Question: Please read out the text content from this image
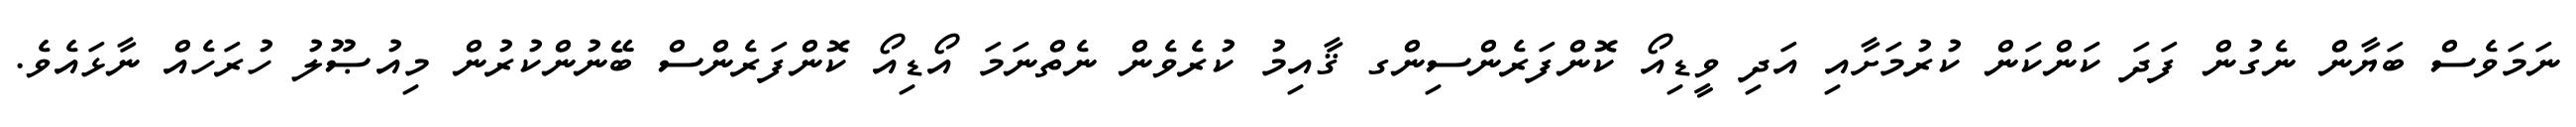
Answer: ނަމަވެސް ބަޔާން ނެގުން ފަދަ ކަންކަން ކުރުމަށާއި އަދި ވީޑިއޯ ކޮންފަރެންސިންގ ޤާއިމު ކުރެވެން ނެތްނަމަ އޯޑިއޯ ކޮންފަރެންސް ބޭނުންކުރުން މިއުޞޫލު ހުރަހެއް ނާޅައެވެ.